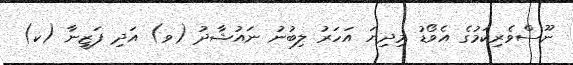
ނޫސްވެރިކަމުގެ އެވޯޑު މިދިޔަ އަހަރު ލިބުނު ނައުޝާދު (ވ) އަދި ފަޒީނާ (ކ)